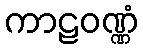
ကာဠဝဏ္ဏံ